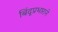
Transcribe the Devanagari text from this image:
बिंदूप्रभाराने